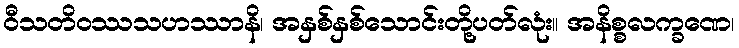
ဝီသတိဝဿသဟဿာနိ၊ အနှစ်နှစ်သောင်းတို့ပတ်လုံး။ အနိစ္စလက္ခဏေ၊